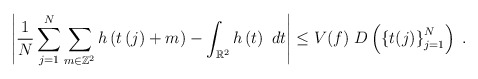
\begin{align*}\left\vert \frac{1}{N}\sum_{j=1}^{N}\sum_{m\in\mathbb{Z}^{2}}h\left( t\left(j\right) +m\right) -\int_{\mathbb{R}^{2}}h\left( t\right) ~dt\right\vert\leq V(f)\ D\left( \left\{ t(j)\right\} _{j=1}^{N}\right) \;.\end{align*}